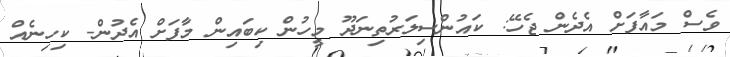
ވެސް މައާފަށް އެދެން ޖެހޭ: ކައުންސިލަރުތިނަދޫ މީހުން ކިބައިން މާފަށް އެދުން- ކިހިނެއް